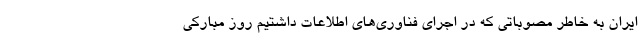
ایران به خاطر مصوباتی که در اجرای فناوری‌های اطلاعات داشتیم روز مبارکی